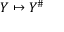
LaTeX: Y \mapsto Y ^ { \# }